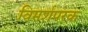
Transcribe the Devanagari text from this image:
विमर्शपरक